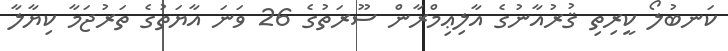
ކަނބުލޯ ކީރިތި ޤުރުއާނުގެ އާލިޢިމްރާން ސޫރަތުގެ 26 ވަނަ އާޔަތުގެ ތަރުޖަމާ ކިޔާލާ